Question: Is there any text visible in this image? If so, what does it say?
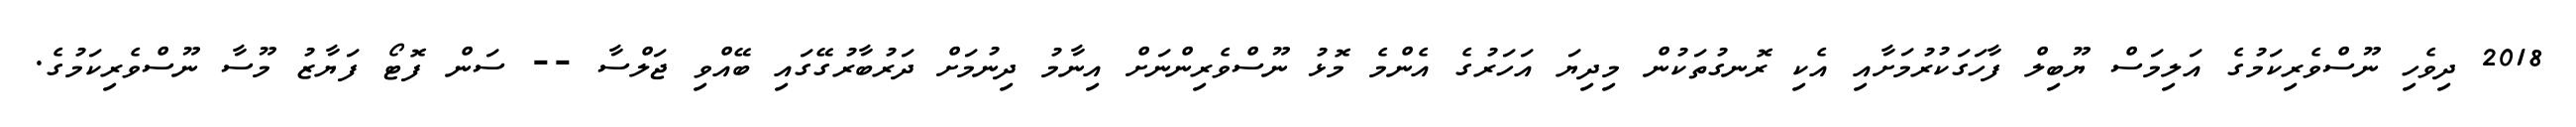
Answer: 2018 ދިވެހި ނޫސްވެރިކަމުގެ އަލިމަސް ޔޫބިލް ފާހަގަކުރުމަށާއި އެކި ރޮނގުތަކުން މިދިޔަ އަހަރުގެ އެންމެ މޮޅު ނޫސްވެރިންނަށް އިނާމު ދިނުމަށް ދަރުބާރުގޭގައި ބޭއްވި ޖަލްސާ -- ސަން ފޮޓޯ ފަޔާޒު މޫސާ ނޫސްވެރިކަމުގެ.